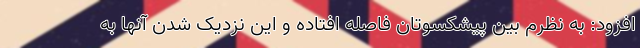
افزود: به نظرم بین پیشکسوتان فاصله افتاده و این نزدیک شدن آنها به